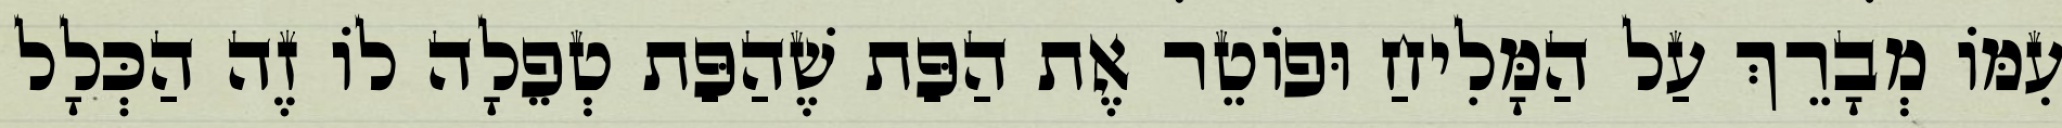
עִמּוֹ מְבָרֵךְ עַל הַמָּלִיחַ וּפוֹטֵר אֶת הַפַּת שֶׁהַפַּת טְפֵלָה לוֹ זֶה הַכְּלָל